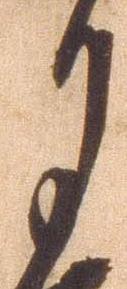
月